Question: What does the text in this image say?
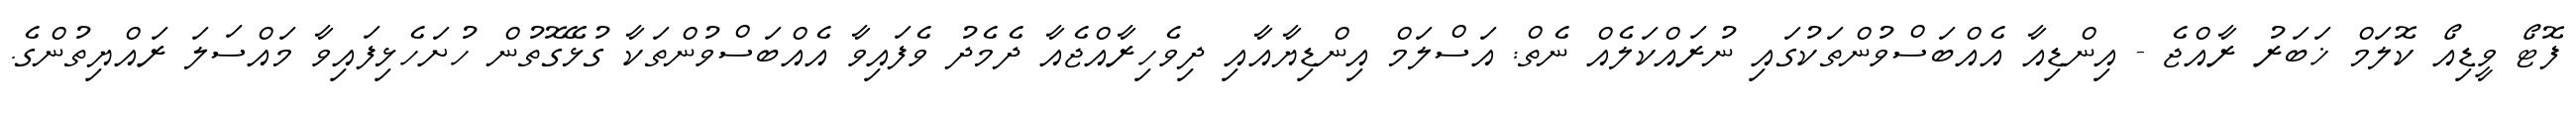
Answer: ފޮޓޯ ވީޑިއޯ ކޮލަމް ޚަބަރު ރާއްޖެ - އިންޑިއާ އެއްބަސްވުންތަކުގައި ނުރައްކަލެއް ނެތް: އަސްލަމް އިންޑިޔާއާއި ދިވެހިރާއްޖެއާ ދެމެދު ވެފައިވާ އެއްބަސްވުންތަކާ ގުޅޭގޮތުން ހުށަހެޅިފައިވާ މައްސަލަ ރައްޔިތުންގެ.